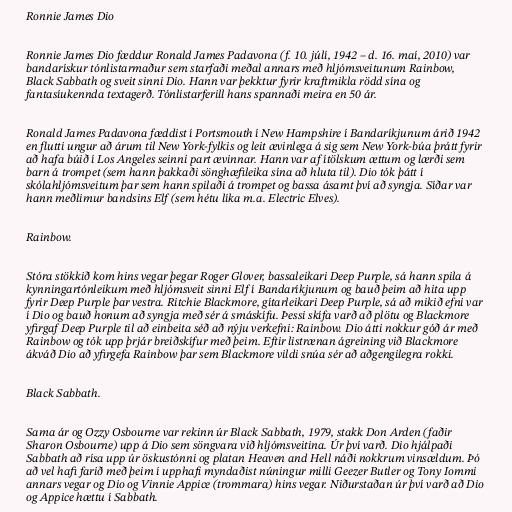
Ronnie James Dio

Ronnie James Dio fæddur Ronald James Padavona (f. 10. júlí, 1942 – d. 16. maí, 2010) var
bandarískur tónlistarmaður sem starfaði meðal annars með hljómsveitunum Rainbow,
Black Sabbath og sveit sinni Dio. Hann var þekktur fyrir kraftmikla rödd sína og
fantasíukennda textagerð. Tónlistarferill hans spannaði meira en 50 ár.

Ronald James Padavona fæddist í Portsmouth í New Hampshire í Bandaríkjunum árið 1942
en flutti ungur að árum til New York-fylkis og leit ævinlega á sig sem New York-búa þrátt fyrir
að hafa búið í Los Angeles seinni part ævinnar. Hann var af ítölskum ættum og lærði sem
barn á trompet (sem hann þakkaði sönghæfileika sína að hluta til). Dio tók þátt í
skólahljómsveitum þar sem hann spilaði á trompet og bassa ásamt því að syngja. Síðar var
hann meðlimur bandsins Elf (sem hétu líka m.a. Electric Elves).

Rainbow.

Stóra stökkið kom hins vegar þegar Roger Glover, bassaleikari Deep Purple, sá hann spila á
kynningartónleikum með hljómsveit sinni Elf í Bandaríkjunum og bauð þeim að hita upp
fyrir Deep Purple þar vestra. Ritchie Blackmore, gítarleikari Deep Purple, sá að mikið efni var
í Dio og bauð honum að syngja með sér á smáskífu. Þessi skífa varð að plötu og Blackmore
yfirgaf Deep Purple til að einbeita séð að nýju verkefni: Rainbow. Dio átti nokkur góð ár með
Rainbow og tók upp þrjár breiðskífur með þeim. Eftir listrænan ágreining við Blackmore
ákváð Dio að yfirgefa Rainbow þar sem Blackmore vildi snúa sér að aðgengilegra rokki.

Black Sabbath.

Sama ár og Ozzy Osbourne var rekinn úr Black Sabbath, 1979, stakk Don Arden (faðir
Sharon Osbourne) upp á Dio sem söngvara við hljómsveitina. Úr því varð. Dio hjálpaði
Sabbath að rísa upp úr öskustónni og platan Heaven and Hell náði nokkrum vinsældum. Þó
að vel hafi farið með þeim í upphafi myndaðist núningur milli Geezer Butler og Tony Iommi
annars vegar og Dio og Vinnie Appice (trommara) hins vegar. Niðurstaðan úr því varð að Dio
og Appice hættu í Sabbath.